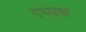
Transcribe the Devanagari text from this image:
गप्पच